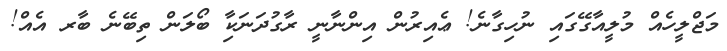
މަޖްލީހެއް މުލީއާގޭގައި ނުހިގާނެ! ޢެއިރުން އިންނާނީ ރާގުދަނަކާި ބޯލަން ތިބޭނެ ބާރ އެއް!